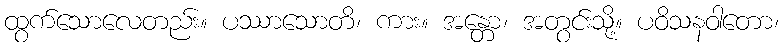
ထွက်သောလေတည်း။ ပဿာသောတိ၊ ကား။ အန္တော၊ အတွင်းသို့။ ပဝိသနဝါတော၊